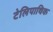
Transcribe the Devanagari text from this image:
टेलिपाथिक